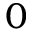
0